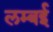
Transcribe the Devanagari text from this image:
लम्बई